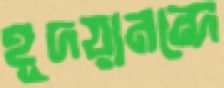
হূদয়ানন্দে